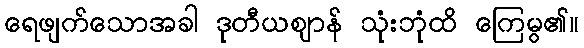
ရေဖျက်သောအခါ ဒုတီယဈာန် သုံးဘုံထိ ကြေမွ၏။